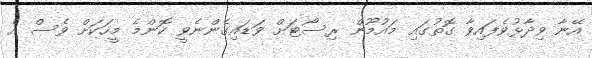
އޭނާ ވިދާޅުވެފައިވާ ގޮތުގައި މައުމޫން ރިސޯޓަށް ވަޑައިގެންނެވީ ކޮންމެ މީހަކަށް ވެސް އެ